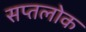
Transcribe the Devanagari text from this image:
सप्तलोक